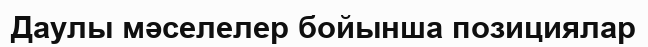
Даулы мәселелер бойынша позициялар